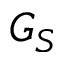
G _ { S }